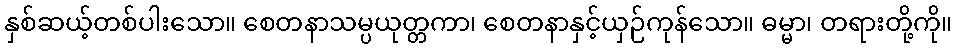
နှစ်ဆယ့်တစ်ပါးသော။ စေတနာသမ္ပယုတ္တကာ၊ စေတနာနှင့်ယှဉ်ကုန်သော။ ဓမ္မာ၊ တရားတို့ကို။